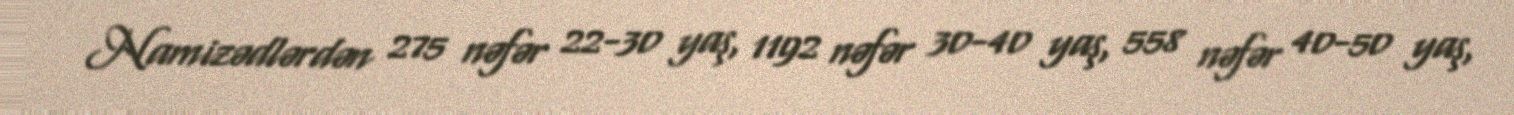
Namizədlərdən 275 nəfər 22-30 yaş, 1192 nəfər 30-40 yaş, 558 nəfər 40-50 yaş,